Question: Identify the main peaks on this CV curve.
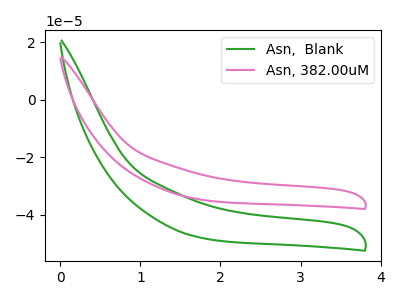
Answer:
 <answer>The green curve "Asn,  Blank" has no peaks. The pink curve "Asn, 382.00uM" has no peaks.</answer>
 <eval></eval>